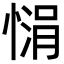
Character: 𪬙